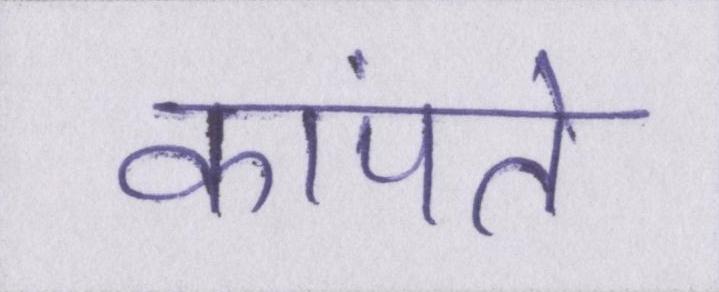
कांपते